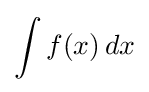
\int f(x)\,dx